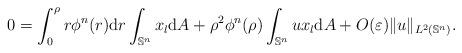
LaTeX: \begin{align*}0 = \int_0^{\rho} r\phi^n(r) \mathrm{d}r \int_{\mathbb{S}^n} x_l \mathrm{d}A + \rho^2\phi^n(\rho) \int_{\mathbb{S}^n} ux_l \mathrm{d}A + O(\varepsilon)\|u\|_{L^2(\mathbb{S}^n)}. \end{align*}